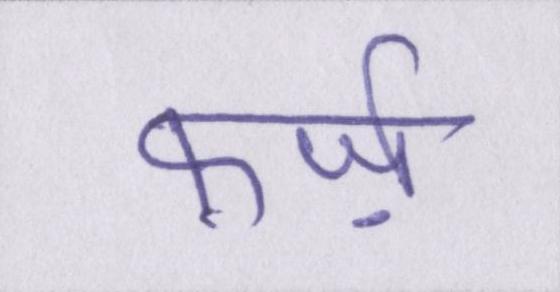
फ़र्ज़